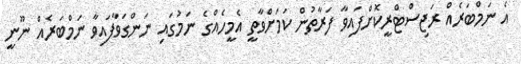
އެ ނަމްބަރެއް ރަޖިސްޓްރީކޮށްފައިވާ ފަރާތުން ކަމަށްވާތީ އެމީހެއްގެ ނަމުގައި ނަންގަވާފައިވާ ނަމްބަރެއް ނޫނީ